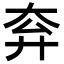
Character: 𡗹